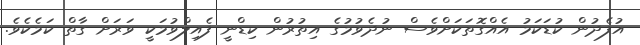
އުފެދުން ކުޑަކަމު އެއްގޮތަކަށްވެސް ނުދެވުމުގެ އިތުރުން ކިޑްނީ ފެއިލްވުމަކީ ވަރަށް ގާތް ކަމެކެވެ.